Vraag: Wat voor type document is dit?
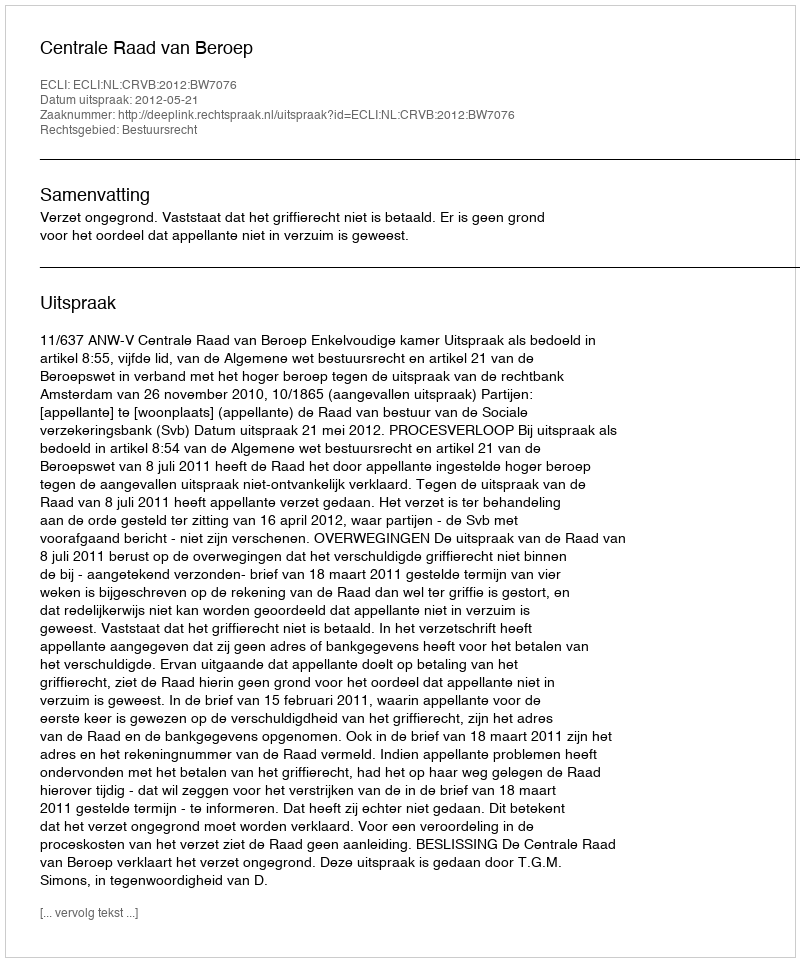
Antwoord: Uitspraak